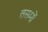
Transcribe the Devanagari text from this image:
तसमों